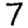
Digit: 7